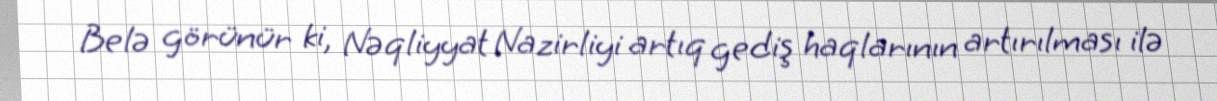
Belə görünür ki, Nəqliyyat Nazirliyi artıq gediş haqlarının artırılması ilə